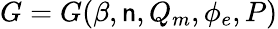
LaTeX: G=G(\beta,\mathsf{n},Q_{m},\phi_{e},P)